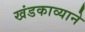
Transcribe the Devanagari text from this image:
खंडकाव्याने